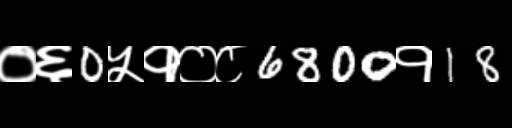
Text: ०६0५१०८6800१18